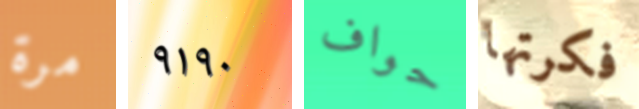
مرة ٩١٩٠ حواف فكرتها